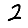
Digit: 2